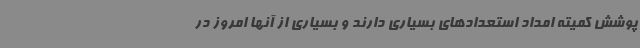
پوشش کمیته امداد استعدادهای بسیاری دارند و بسیاری از آنها امروز در